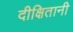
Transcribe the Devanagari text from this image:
दीक्षितानी